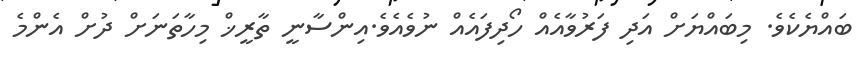
ބައްޔެކެވެ. މިބައްޔަށް އަދި ފަރުވާއެއް ހޯދިފައެއް ނުވެއެވެ.އިންސާނީ ތާރީޚް މިހާތަނަށް ދުށް އެންމެ